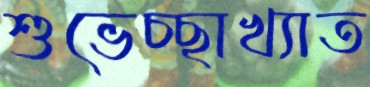
শুভেচ্ছাখ্যাত